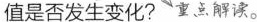
值是否发生变化?重点解读。